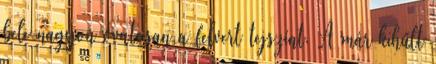
bele nagyon óvatosan a felvert tejszínt. A már kihűlt